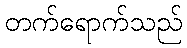
တက်ရောက်သည်